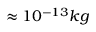
\approx 1 0 ^ { - 1 3 } k g